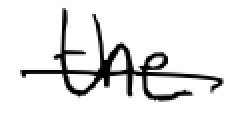
Text: the
Cross-out: single-line
Writing tool: digital_black